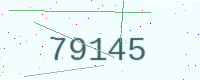
Text: 79145